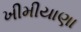
ખીમીયાણા